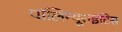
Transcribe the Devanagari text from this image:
पॉलिन्यूराइटिस